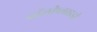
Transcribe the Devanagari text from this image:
पॉलीप्लाइडी